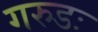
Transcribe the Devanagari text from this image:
गरुडः